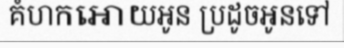
គំហកអោយអូន ប្រដូចអូនទៅ